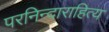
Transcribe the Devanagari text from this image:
परनिन्दाराहित्य